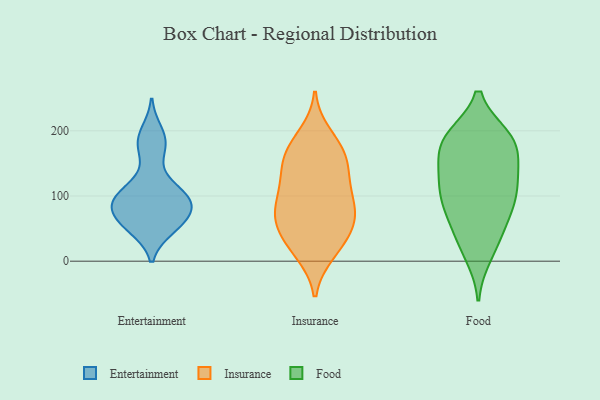
{"axis": {"x": "Budget (USD K)", "y": "Value"}, "legend": ["Entertainment", "Food", "Insurance"], "data": [{"x": "", "y": 98, "type": "Entertainment"}, {"x": "", "y": 72, "type": "Entertainment"}, {"x": "", "y": 199, "type": "Entertainment"}, {"x": "", "y": 100, "type": "Entertainment"}, {"x": "", "y": 180, "type": "Entertainment"}, {"x": "", "y": 49, "type": "Entertainment"}, {"x": "", "y": 93, "type": "Entertainment"}, {"x": "", "y": 69, "type": "Entertainment"}, {"x": "", "y": 49, "type": "Entertainment"}, {"x": "", "y": 89, "type": "Entertainment"}, {"x": "", "y": 123, "type": "Entertainment"}, {"x": "", "y": 64, "type": "Entertainment"}, {"x": "", "y": 96, "type": "Entertainment"}, {"x": "", "y": 172, "type": "Entertainment"}, {"x": "", "y": 130, "type": "Insurance"}, {"x": "", "y": 71, "type": "Insurance"}, {"x": "", "y": 108, "type": "Insurance"}, {"x": "", "y": 52, "type": "Insurance"}, {"x": "", "y": 171, "type": "Insurance"}, {"x": "", "y": 13, "type": "Insurance"}, {"x": "", "y": 27, "type": "Insurance"}, {"x": "", "y": 97, "type": "Insurance"}, {"x": "", "y": 129, "type": "Insurance"}, {"x": "", "y": 18, "type": "Insurance"}, {"x": "", "y": 170, "type": "Insurance"}, {"x": "", "y": 68, "type": "Insurance"}, {"x": "", "y": 151, "type": "Insurance"}, {"x": "", "y": 67, "type": "Insurance"}, {"x": "", "y": 88, "type": "Insurance"}, {"x": "", "y": 162, "type": "Insurance"}, {"x": "", "y": 193, "type": "Insurance"}, {"x": "", "y": 55, "type": "Insurance"}, {"x": "", "y": 187, "type": "Food"}, {"x": "", "y": 124, "type": "Food"}, {"x": "", "y": 189, "type": "Food"}, {"x": "", "y": 27, "type": "Food"}, {"x": "", "y": 87, "type": "Food"}, {"x": "", "y": 137, "type": "Food"}, {"x": "", "y": 128, "type": "Food"}, {"x": "", "y": 93, "type": "Food"}, {"x": "", "y": 138, "type": "Food"}, {"x": "", "y": 40, "type": "Food"}, {"x": "", "y": 10, "type": "Food"}, {"x": "", "y": 105, "type": "Food"}, {"x": "", "y": 178, "type": "Food"}, {"x": "", "y": 72, "type": "Food"}, {"x": "", "y": 188, "type": "Food"}, {"x": "", "y": 174, "type": "Food"}, {"x": "", "y": 75, "type": "Food"}, {"x": "", "y": 190, "type": "Food"}]}